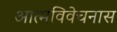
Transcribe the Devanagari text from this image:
आत्मविवेचनास